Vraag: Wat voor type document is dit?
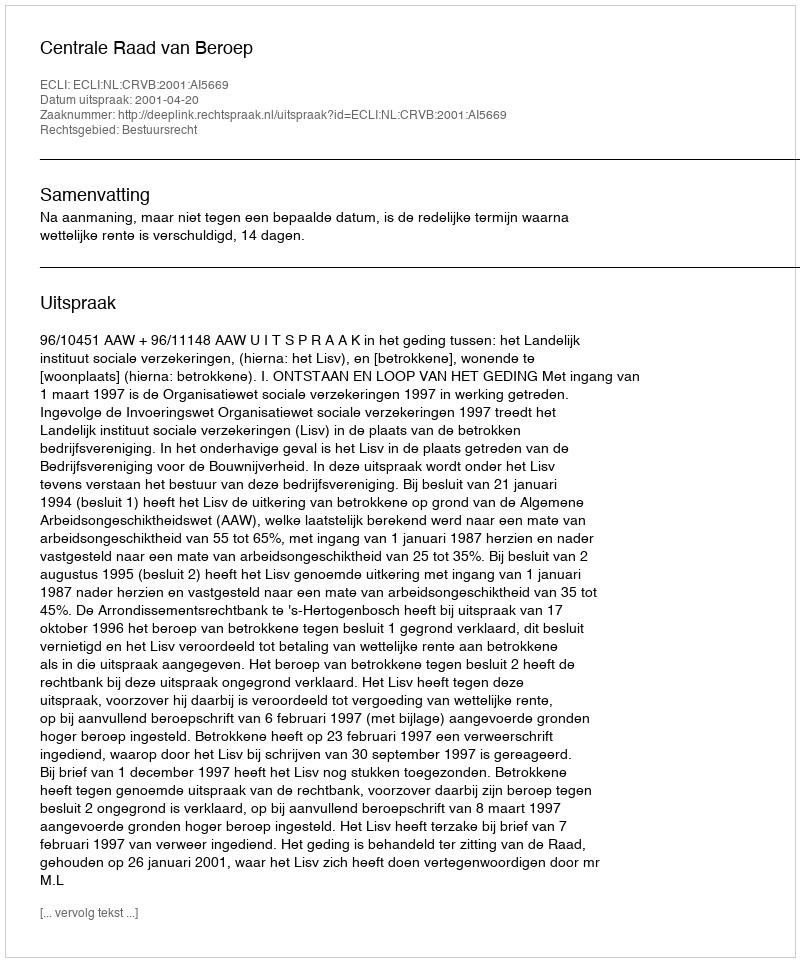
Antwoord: Uitspraak